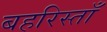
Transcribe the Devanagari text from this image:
बहरिस्ताँ